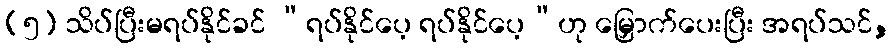
(၅) သိပ်ပြီးမရပ်နိုင်ခင် “ရပ်နိုင်ပေ့ ရပ်နိုင်ပေ့”ဟု မြှောက်ပေးပြီး အရပ်သင်,